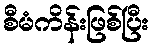
စီမံကိန်းဖြစ်ပြီး